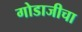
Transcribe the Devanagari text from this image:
गोडाजीचा